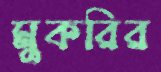
মুকরির